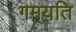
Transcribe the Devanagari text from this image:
गमयति